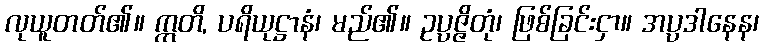
လုယူတတ်၏။ ဣတိ, ပရိယုဋ္ဌာနံ၊ မည်၏။ ဥပ္ပဇ္ဇိတုံ၊ ဖြစ်ခြင်းငှာ။ အပ္ပဒါနေန၊